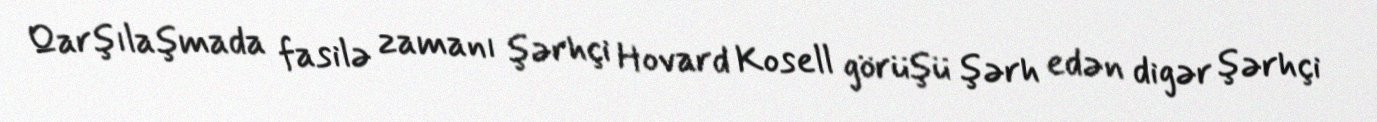
Qarşılaşmada fasilə zamanı şərhçi Hovard Kosell görüşü şərh edən digər şərhçi